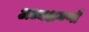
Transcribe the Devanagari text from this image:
अध्यक्षगणों